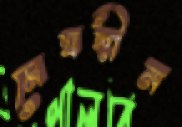
মেঘহীন